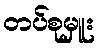
တပ်စုမှူး